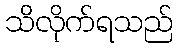
သိလိုက်ရသည်